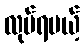
လုပ်ရမယ့်